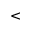
<